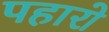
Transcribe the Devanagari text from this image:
पहारो